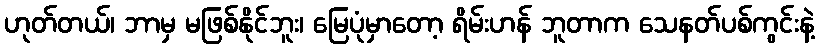
ဟုတ်တယ်၊ ဘာမှ မဖြစ်နိုင်ဘူး၊ မြေပုံမှာတော့ ရိမ်းဟန် ဘူတာက သေနတ်ပစ်ကွင်းနဲ့